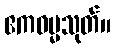
ဧကဓမ္မသုတ်။